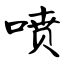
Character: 喷